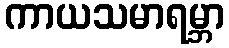
ကာယသမာရမ္ဘာ